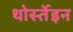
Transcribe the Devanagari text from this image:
थोर्स्तेइन